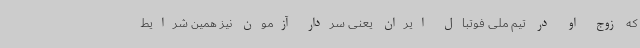
که زوج او در تیم ملی فوتبال ایران یعنی سردار آزمون نیز همین شرایط